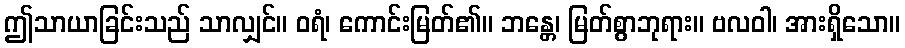
ဤသာယာခြင်းသည် သာလျှင်။ ဝရံ၊ ကောင်းမြတ်၏။ ဘန္တေ၊ မြတ်စွာဘုရား။ ဗလဝါ၊ အားရှိသော။